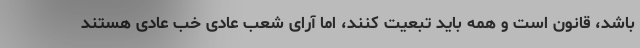
باشد، قانون است و همه باید تبعیت کنند، اما آرای شعب عادی خب عادی هستند